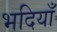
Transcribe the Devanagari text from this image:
भदियाँ